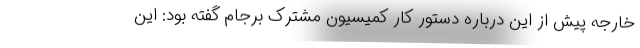
خارجه پیش از این درباره دستور کار کمیسیون مشترک برجام گفته بود: این